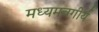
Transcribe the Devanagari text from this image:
मध्यमवगीर्य